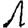
Digit: 1